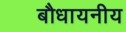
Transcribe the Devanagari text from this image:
बौधायनीय